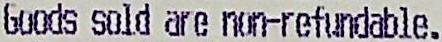
GOODS SOLD ARE NON-REFUNDABLE.